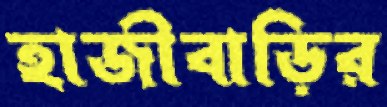
হাজীবাড়ির